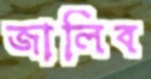
জালিব